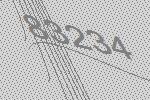
83234